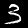
Label: 3